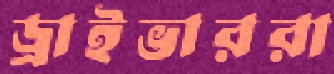
ড্রাইভাররা